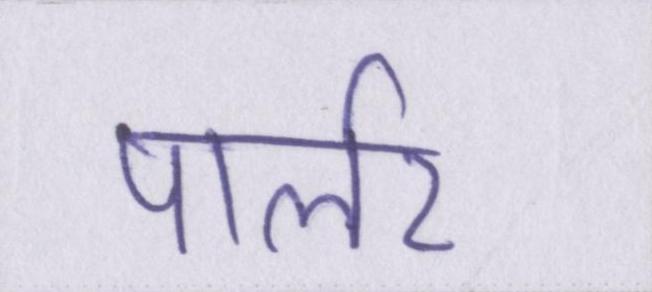
पार्लर